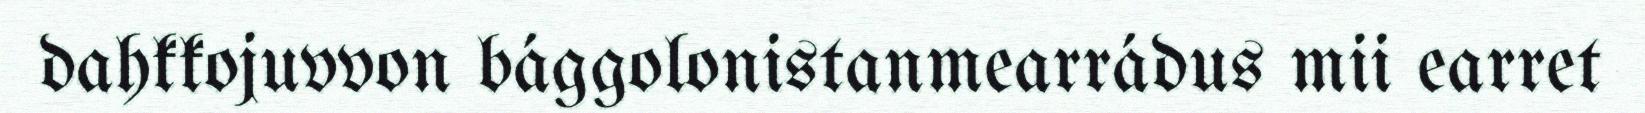
dahkkojuvvon bággolonistanmearrádus mii earret